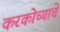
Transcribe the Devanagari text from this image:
करकोच्याचे